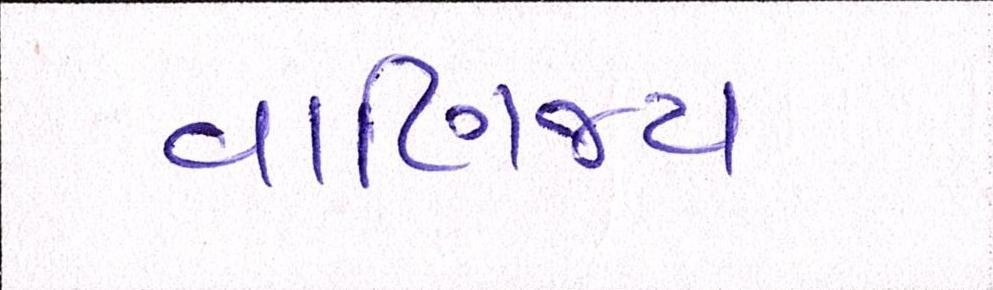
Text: વાણિજ્ય